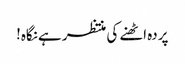
پردہ اٹھنے کی منتظر ہے نگاہ!